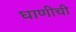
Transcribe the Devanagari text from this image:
घाणीची